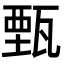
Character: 甄